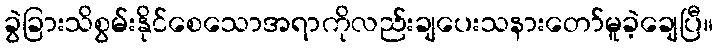
ခွဲခြားသိစွမ်းနိုင်စေသောအရာကိုလည်းချပေးသနားတော်မူခဲ့ချေပြီ။